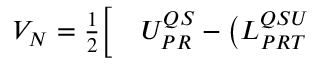
\begin{array} { r l } { V _ { N } = \frac { 1 } { 2 } \bigg [ } & { { } U _ { P R } ^ { Q S } - \big ( L _ { P R T } ^ { Q S U } } \end{array}